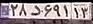
۲۸د۶۹۱۱۳